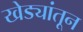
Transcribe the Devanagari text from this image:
खेड्यांतून